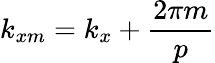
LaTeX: k_{xm}=k_{x}+\frac{2\pi m}{p}